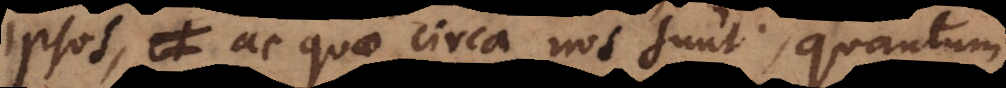
ipsos ac quae circa nos sunt, quantum